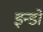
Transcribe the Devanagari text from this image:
इन्डो